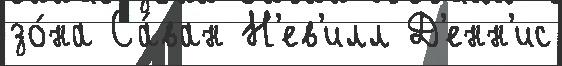
зо́на Са́ван Н'ев'илл Д'енн'ис